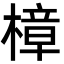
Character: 樟